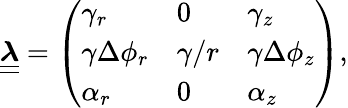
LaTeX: \boldsymbol{\underline{{\underline{{\lambda}}}}}=\left(\begin{array}{lll}{\gamma_{r}}&{0}&{\gamma_{z}}\\ {\gamma\Delta\phi_{r}}&{\gamma/r}&{\gamma\Delta\phi_{z}}\\ {\alpha_{r}}&{0}&{\alpha_{z}}\end{array}\right),